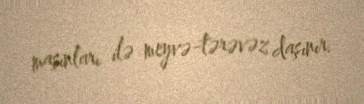
maşınları ilə meyvə-tərəvəz daşınır.